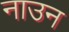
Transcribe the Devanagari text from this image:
नाउन